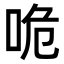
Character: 𠱓